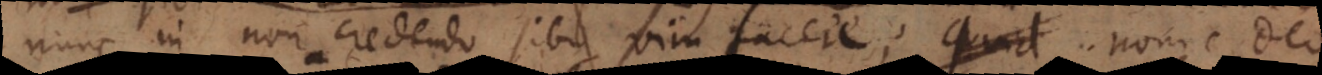
nunc in non credendo sibi vim facere; nonne Deo